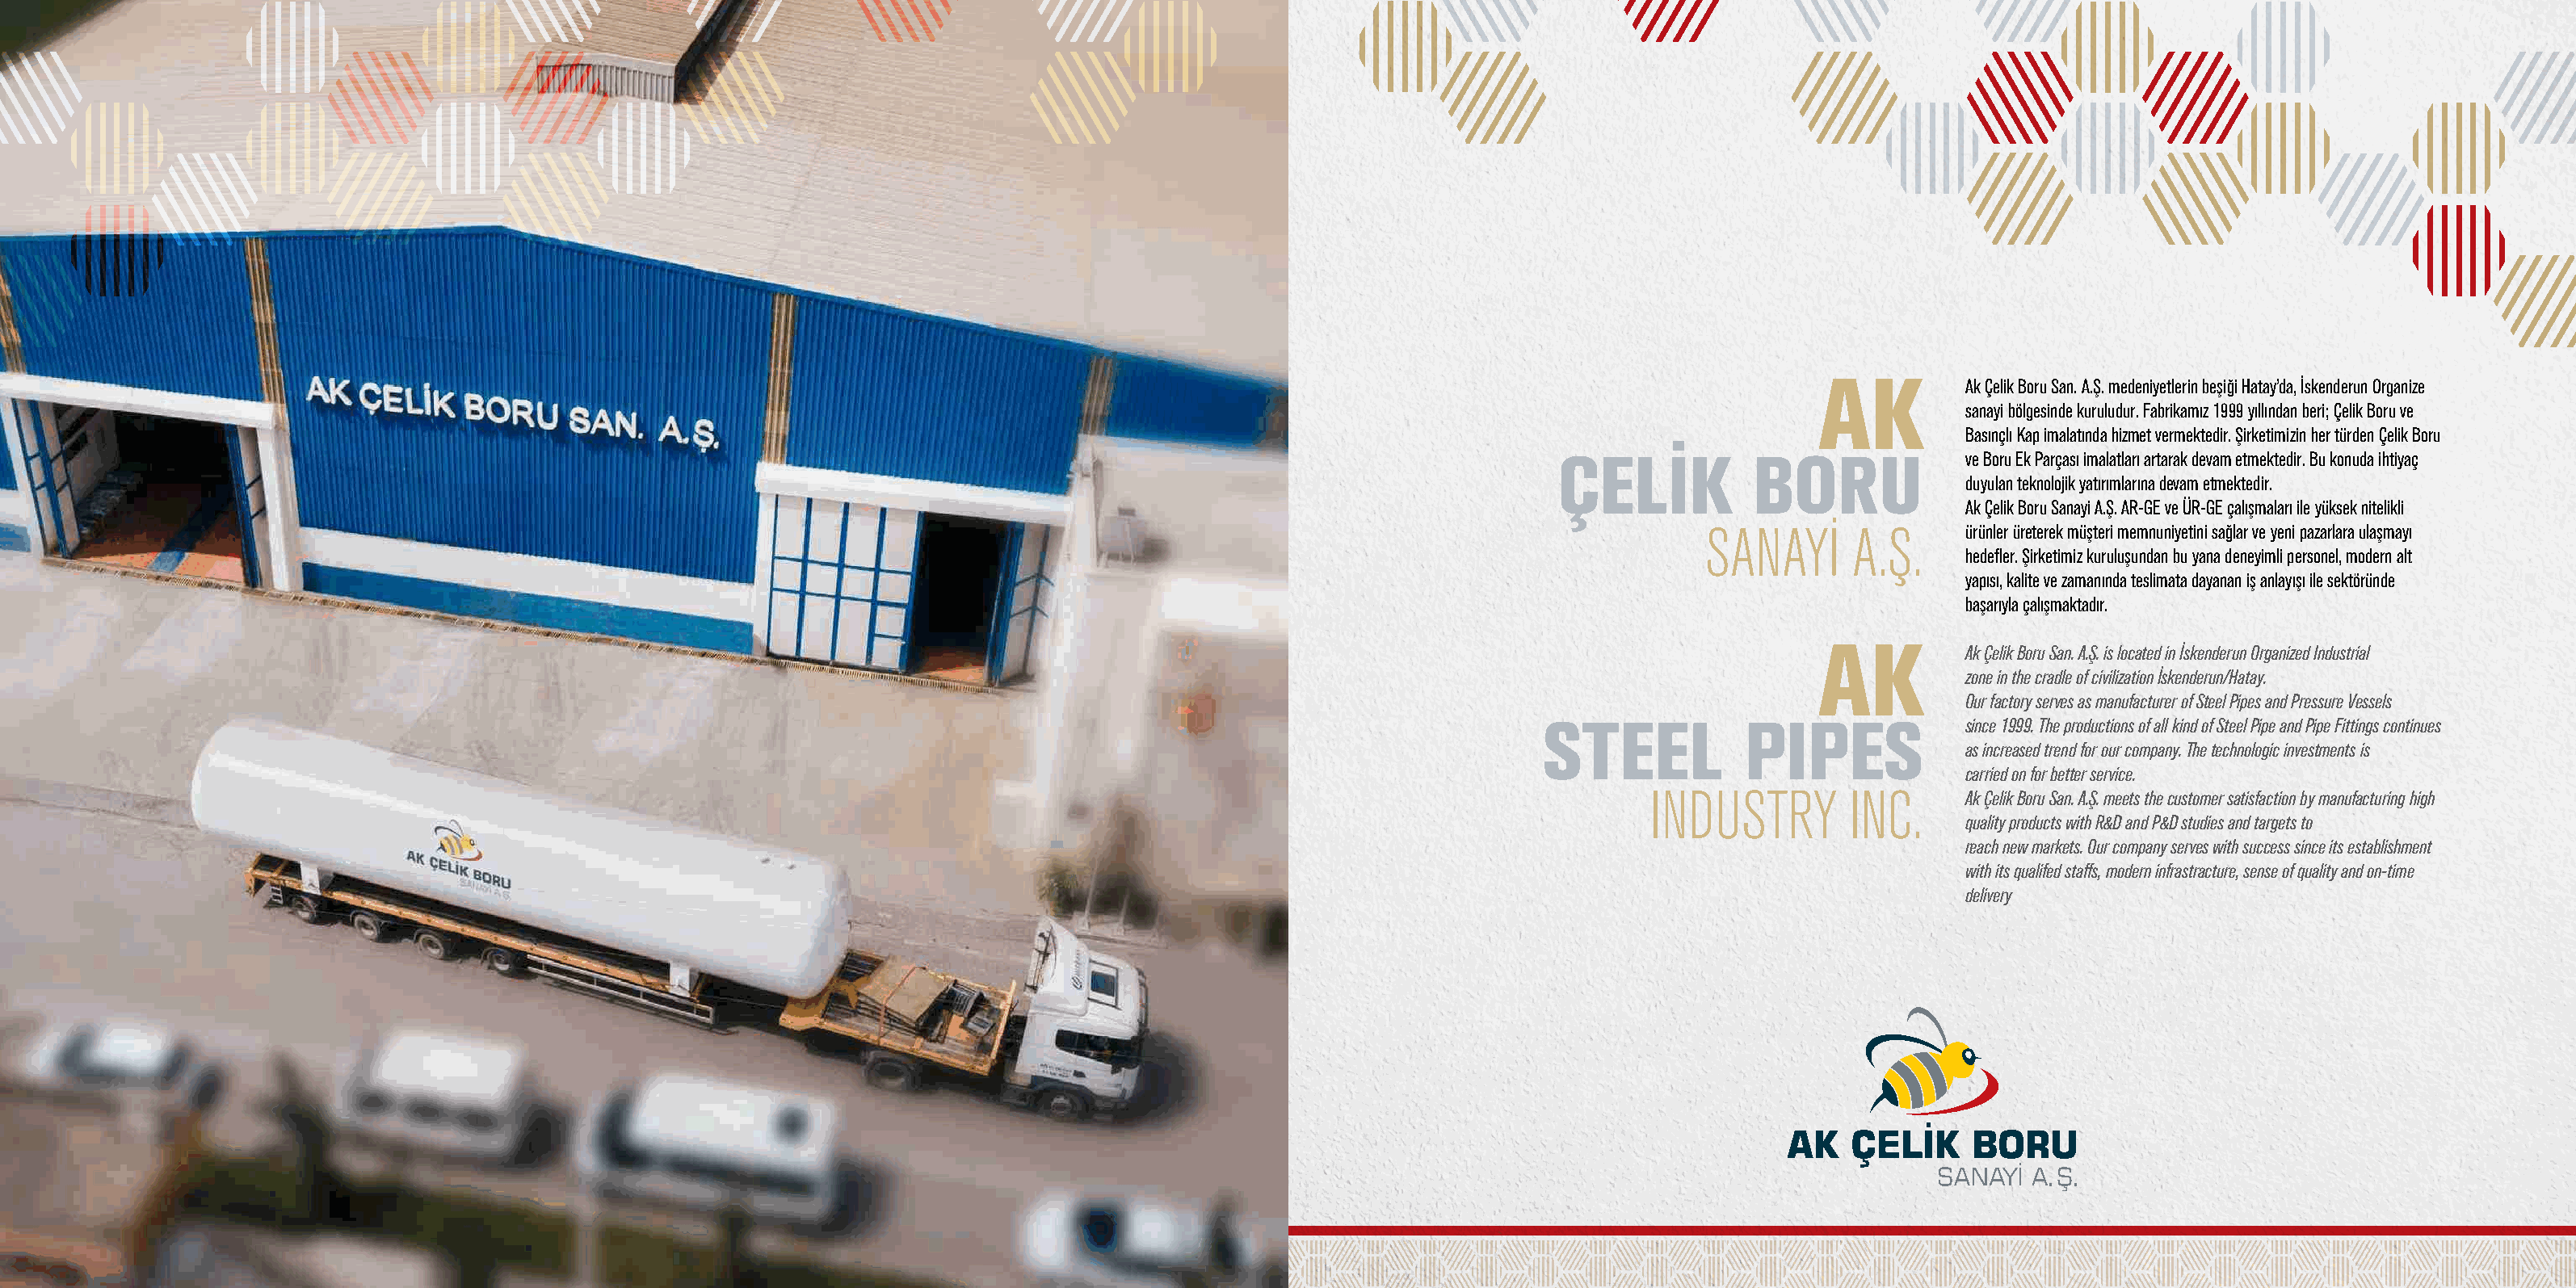
AK          Ak Çelik Boru San. A.Ş. medeniyetlerin beşiği Hatay’da, İskenderun Organize
 sanayi bölgesinde kuruludur. Fabrikamız 1999 yıllından beri; Çelik Boru ve
 Basınçlı Kap imalatında hizmet vermektedir. Şirketimizin her türden Çelik Boru
 ÇELİK           BORU             ve Boru Ek Parçası imalatları artarak devam etmektedir. Bu konuda ihtiyaç
 duyulan teknolojik yatırımlarına devam etmektedir.
 Ak Çelik Boru Sanayi A.Ş. AR-GE ve ÜR-GE çalışmaları ile yüksek nitelikli
 SANAYİ      A.Ş.     ürünler üreterek müşteri memnuniyetini sağlar ve yeni pazarlara ulaşmayı
 hedefler. Şirketimiz kuruluşundan bu yana deneyimli personel, modern alt
 yapısı, kalite ve zamanında teslimata dayanan iş anlayışı ile sektöründe
 başarıyla çalışmaktadır.
 AK          Ak Çelik Boru San. A.Ş. is located in İskenderun Organized Industrial
 zone in the cradle of civilization İskenderun/Hatay.
 Our factory serves as manufacturer of Steel Pipes and Pressure Vessels
 STEEL            PIPES             since 1999. The productions of all kind of Steel Pipe and Pipe Fittings continues
 as increased trend for our company. The technologic investments is
 carried on for better service.
 INDUSTRY         INC.     Ak Çelik Boru San. A.Ş. meets the customer satisfaction by manufacturing high
 quality products with R&D and P&D studies and targets to
 reach new markets. Our company serves with success since its establishment
 with its qualifed staffs, modern infrastracture, sense of quality and on-time
 delivery